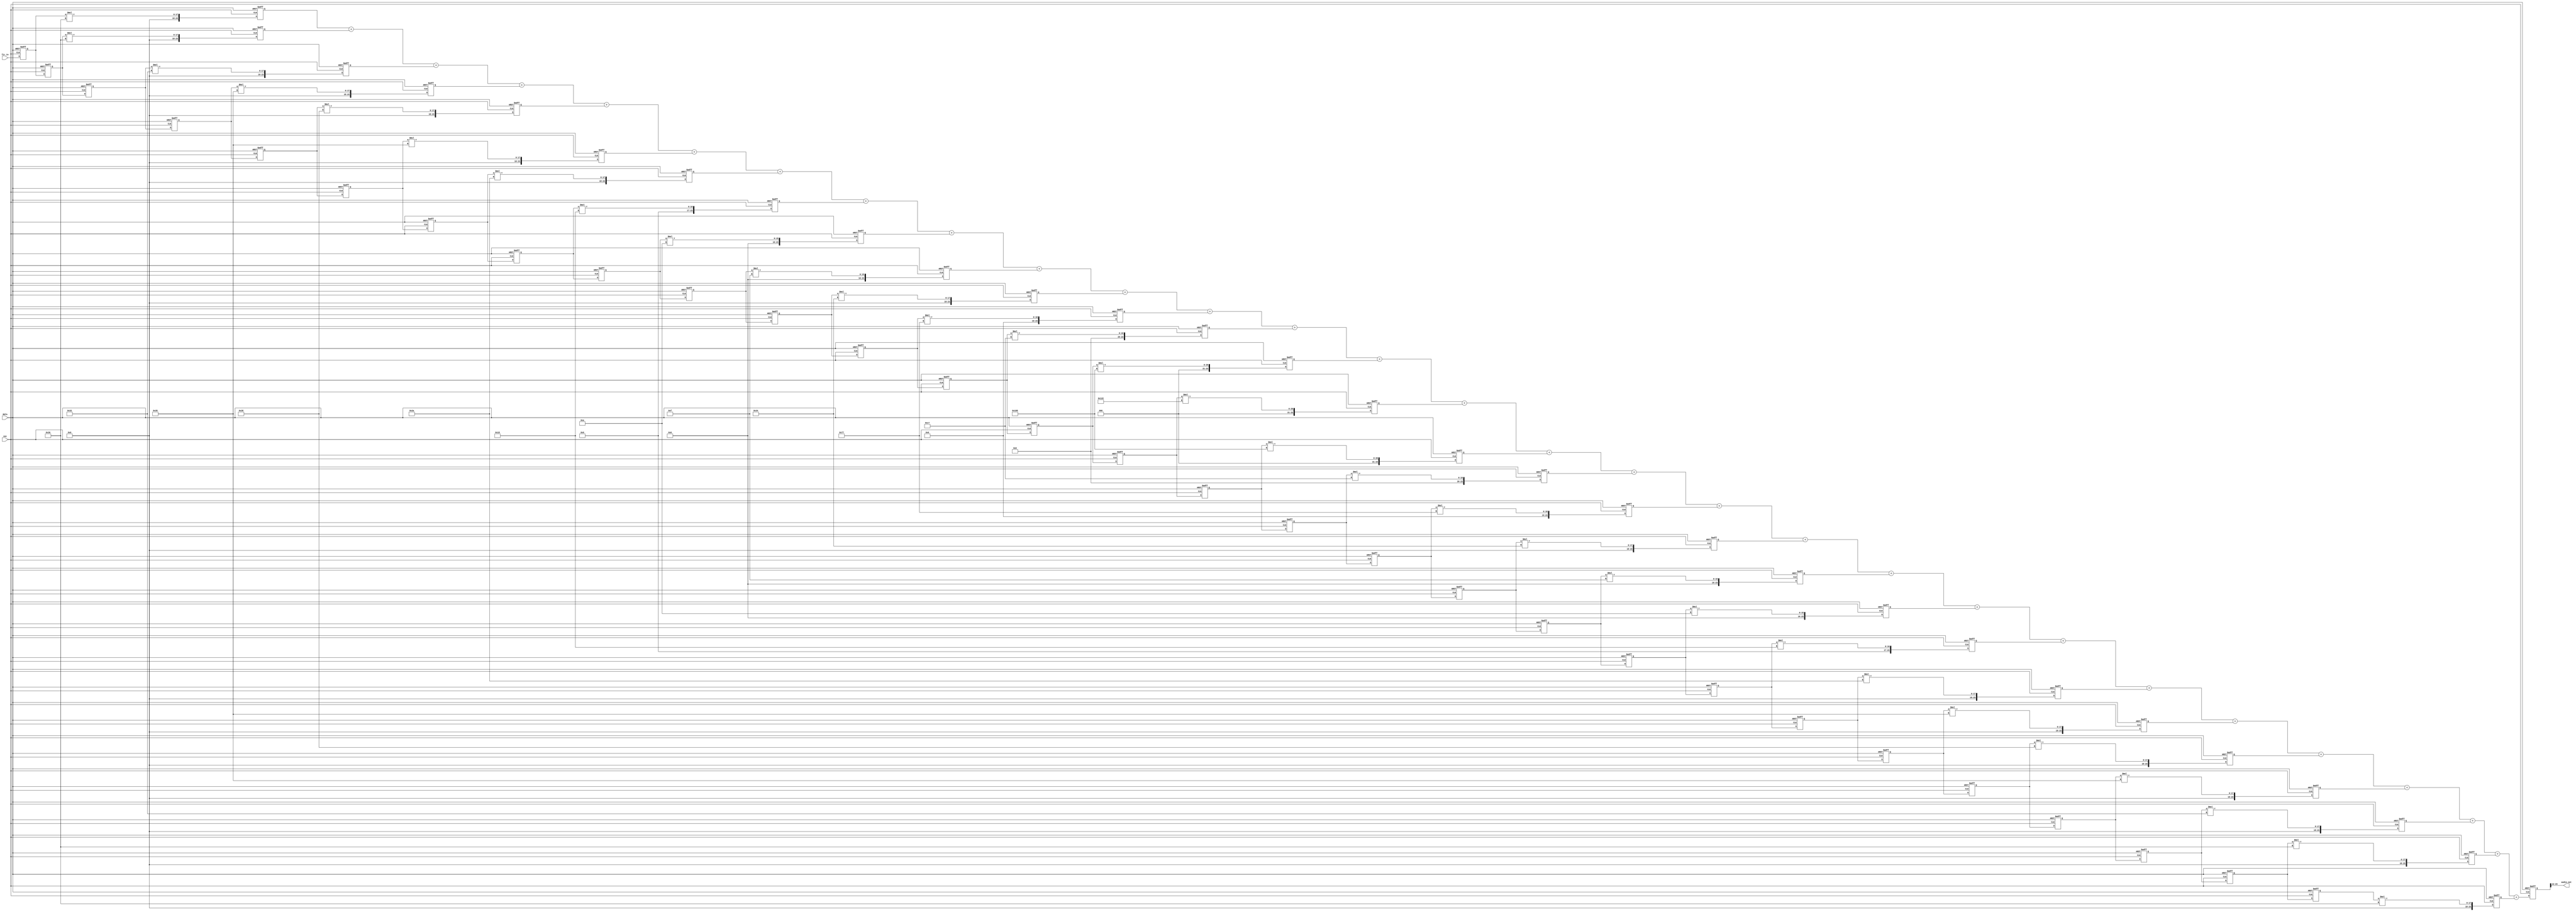
module FIR(
	input eoc,
	input RSTn,	
	input [11:0]fir_in,
	
	output [11:0]audio_out
);
		


reg[11:0] delay_pipeline[1:29] ;
wire [11:0] coeff [1:29];

assign coeff[1 ] = 12'd48   ;
assign coeff[2 ] = 12'd48   ;
assign coeff[3 ] = 12'd50   ;
assign coeff[4 ] = 12'd53   ;
assign coeff[5 ] = 12'd56   ;
assign coeff[6 ] = 12'd53   ;
assign coeff[7 ] = 12'd42   ;
assign coeff[8 ] = 12'd24   ;
assign coeff[9 ] = 12'd10   ;
assign coeff[10] = 12'd15   ;
assign coeff[11] = 12'd52   ;
assign coeff[12] = 12'd119  ;
assign coeff[13] = 12'd199  ;
assign coeff[14] = 12'd264  ;
assign coeff[15] = 12'd290  ;
assign coeff[16] = 12'd264  ;
assign coeff[17] = 12'd199  ;
assign coeff[18] = 12'd119  ;
assign coeff[19] = 12'd52   ;
assign coeff[20] = 12'd15   ;
assign coeff[21] = 12'd10   ;
assign coeff[22] = 12'd24   ;
assign coeff[23] = 12'd42   ;
assign coeff[24] = 12'd53   ;
assign coeff[25] = 12'd56   ;
assign coeff[26] = 12'd53   ;
assign coeff[27] = 12'd50   ;
assign coeff[28] = 12'd48   ;
assign coeff[29] = 12'd48   ;


always @ (posedge eoc or negedge RSTn)
	if(!RSTn)
	   {delay_pipeline[1 ],
		delay_pipeline[2 ],
		delay_pipeline[3 ],	
		delay_pipeline[4 ],	
		delay_pipeline[5 ],	
		delay_pipeline[6 ],	
		delay_pipeline[7 ],	
		delay_pipeline[8 ],	
		delay_pipeline[9 ],	
		delay_pipeline[10],	
		delay_pipeline[11],	
		delay_pipeline[12],	
		delay_pipeline[13],	
		delay_pipeline[14],	
		delay_pipeline[15],	
		delay_pipeline[16],	
		delay_pipeline[17],	
		delay_pipeline[18],	
        delay_pipeline[19],
        delay_pipeline[20],
        delay_pipeline[21],
        delay_pipeline[22],
        delay_pipeline[23],
        delay_pipeline[24],
        delay_pipeline[25],
        delay_pipeline[26],
        delay_pipeline[27],
        delay_pipeline[28],
        delay_pipeline[29]} = {29{12'd0}};
	else
	   {delay_pipeline[1 ],
		delay_pipeline[2 ],
		delay_pipeline[3 ],
		delay_pipeline[4 ],
		delay_pipeline[5 ],
		delay_pipeline[6 ],
		delay_pipeline[7 ],
		delay_pipeline[8 ],
		delay_pipeline[9 ],
        delay_pipeline[10],
        delay_pipeline[11],
        delay_pipeline[12],
        delay_pipeline[13],
        delay_pipeline[14],
        delay_pipeline[15],
        delay_pipeline[16],
        delay_pipeline[17],
        delay_pipeline[18],
        delay_pipeline[19],
        delay_pipeline[20],
        delay_pipeline[21],
        delay_pipeline[22],
        delay_pipeline[23],
        delay_pipeline[24],
        delay_pipeline[25],
        delay_pipeline[26],
        delay_pipeline[27],
        delay_pipeline[28],
        delay_pipeline[29]}
		=
	   {fir_in,
		delay_pipeline[1 ],
		delay_pipeline[2 ],
		delay_pipeline[3 ],
        delay_pipeline[4 ],
        delay_pipeline[5 ],
        delay_pipeline[6 ],
        delay_pipeline[7 ],
        delay_pipeline[8 ],
        delay_pipeline[9 ],
         delay_pipeline[10],
         delay_pipeline[11],
         delay_pipeline[12],
         delay_pipeline[13],
         delay_pipeline[14],
         delay_pipeline[15],
         delay_pipeline[16],
         delay_pipeline[17],
         delay_pipeline[18],
         delay_pipeline[19],
         delay_pipeline[20],
         delay_pipeline[21],
         delay_pipeline[22],
         delay_pipeline[23],
         delay_pipeline[24],
         delay_pipeline[25],
         delay_pipeline[26],
         delay_pipeline[27],
         delay_pipeline[28]};
		 
reg [23:0] multi_data[1:29];

genvar i;
generate
for(i = 1; i < 30; i = i + 1)begin:Block1
	always @ (posedge eoc or negedge RSTn)
		if(!RSTn)
			multi_data[i] <= 24'd0;
		else
			multi_data[i] <= delay_pipeline[i] * coeff[i];			
end	
endgenerate

reg [23:0]sum;

always @ (posedge eoc or negedge RSTn)
		if(!RSTn)
			sum <= 24'd0;
		else
			sum = multi_data[1 ]   +
				  multi_data[2 ]   +
                  multi_data[3 ]   +
                  multi_data[4 ]   +
                  multi_data[5 ]   +
                  multi_data[6 ]   +
                  multi_data[7 ]   +
                  multi_data[8 ]   +
                  multi_data[9 ]   +
                  multi_data[10]   +
                  multi_data[11]   +
                  multi_data[12]   +
                  multi_data[13]   +
                  multi_data[14]   +
                  multi_data[15]   +
                  multi_data[16]   +
                  multi_data[17]   +
                  multi_data[18]   +
                  multi_data[19]   +
                  multi_data[20]   +
                  multi_data[21]   +
                  multi_data[22]   +
                  multi_data[23]   +
                  multi_data[24]   +
                  multi_data[25]   +
                  multi_data[26]   +
                  multi_data[27]   +
                  multi_data[28]   +
                  multi_data[29];                   
                 
assign audio_out = sum[23:12];
endmodule